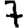
Digit: 7